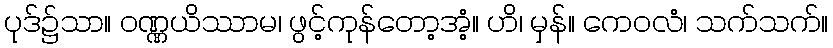
ပုဒ်၌သာ။ ဝဏ္ဏယိဿာမ၊ ဖွင့်ကုန်တော့အံ့။ ဟိ၊ မှန်။ ကေဝလံ၊ သက်သက်။